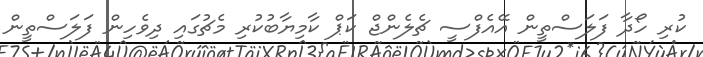
ކުރި ހޯދާ ފަލަސްތީން އޭއެފްސީ ޗެލެންޖް ކަޕް ކާމިޔާބުކުރި މެޗުގައި ދިވެހިން ފަލަސްތީން